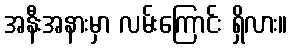
အနီးအနားမှာ လမ်းကြောင်း ရှိလား။